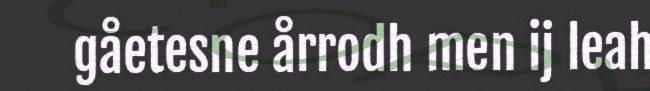
gåetesne årrodh men ij leah